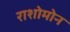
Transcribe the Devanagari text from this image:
राशोमोन